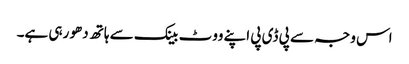
اس وجہ سے پی ڈی پی اپنے ووٹ بینک سے ہاتھ دھو رہی ہے۔